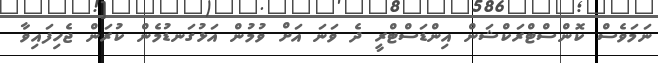
ނަމަވެސް ކޮންސްޓްރަކްޝަން އިންޑަސްޓްރީ ދެ ވަނަ އަށް ވުމުން އަޅުގަނޑުމެން ކުރަން ޖެހިފައިވާ